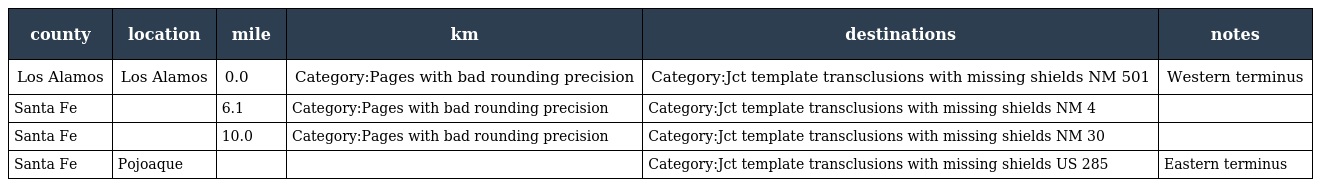
| county | location | mile | km | destinations | notes |
 | --- | --- | --- | --- | --- | --- |
 | Los Alamos | Los Alamos | 0.0 | Category:Pages with bad rounding precision | Category:Jct template transclusions with missing shields NM 501 | Western terminus |
 | Santa Fe |  | 6.1 | Category:Pages with bad rounding precision | Category:Jct template transclusions with missing shields NM 4 |  |
 | Santa Fe |  | 10.0 | Category:Pages with bad rounding precision | Category:Jct template transclusions with missing shields NM 30 |  |
 | Santa Fe | Pojoaque |  |  | Category:Jct template transclusions with missing shields US 285 | Eastern terminus |